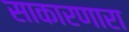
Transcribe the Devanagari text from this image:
साकारणारा